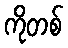
ကိုတစ်